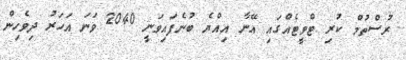
ރުސްތުމް ކުރި ޓްވީޓެއްގައި އޭނާ އިއްޔެ ބުނެފައިވަނީ 2040 ވަނަ އަހަރު ދިވެހިން